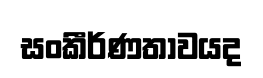
සංකීර්ණතාවයද